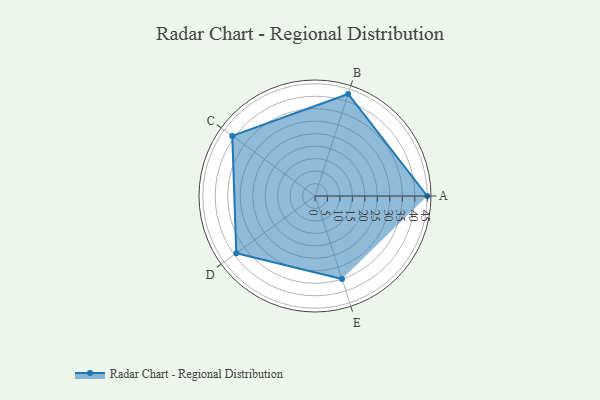
{"axis": {"x": "Skill", "y": "Score"}, "legend": ["Profile"], "data": [{"x": "A", "y": 45.0, "type": "Profile"}, {"x": "B", "y": 43.0, "type": "Profile"}, {"x": "C", "y": 41.0, "type": "Profile"}, {"x": "D", "y": 39.0, "type": "Profile"}, {"x": "E", "y": 35.0, "type": "Profile"}]}